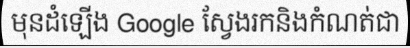
មុនដំឡើង Google ស្វែងរកនិងកំណត់ជា